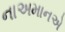
નાઅમાનએ